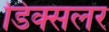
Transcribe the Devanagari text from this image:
डिक्सलर